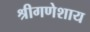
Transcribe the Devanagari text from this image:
श्रीगणेशाय